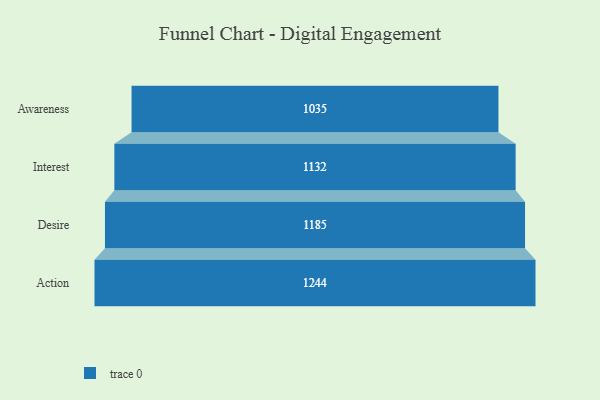
{"axis": {"x": "Stage", "y": "Value"}, "legend": [""], "data": [{"x": "Awareness", "y": 1035.0, "type": ""}, {"x": "Interest", "y": 1132.0, "type": ""}, {"x": "Desire", "y": 1185.0, "type": ""}, {"x": "Action", "y": 1244.0, "type": ""}]}